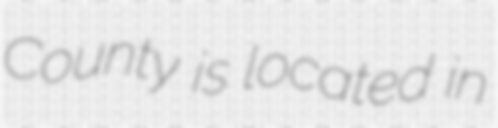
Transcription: County is located in